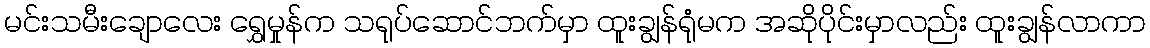
မင်းသမီးချောလေး ရွှေမှုန်က သရုပ်ဆောင်ဘက်မှာ ထူးချွန်ရုံမက အဆိုပိုင်းမှာလည်း ထူးချွန်လာကာ